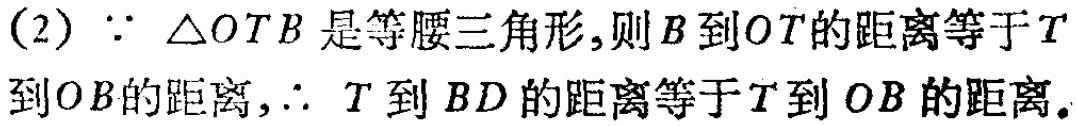
(2) $\because \triangle OTB$ 是等腰三角形,则$B$到$OT$的距离等于$T$到$OB$的距离,$\therefore T$到$BD$的距离等于$T$到$OB$的距离。